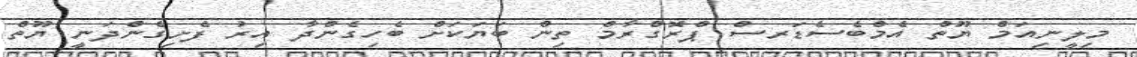
މިލީނިއަމް ޔޫތް އެމްބެސެޑަރސް ޕްރޮގްރާމް ތިން ބަޔަކަށް ބެހިގެންދާ އިރު ފެށިގެންދަނީ ޔޫތް